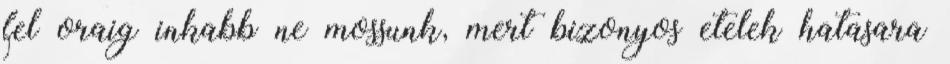
fel oraig inkabb ne mossunk, mert bizonyos etelek hatasara